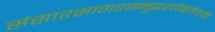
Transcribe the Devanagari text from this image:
संसारसागरसमुद्धरणैकमन्त्रम्